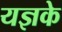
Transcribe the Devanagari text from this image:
यज्ञके